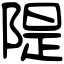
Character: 隄